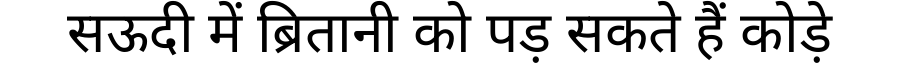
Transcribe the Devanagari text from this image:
सऊदी में ब्रितानी को पड़ सकते हैं कोड़े